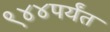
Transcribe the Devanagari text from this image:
९४४पर्यंत